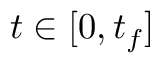
t \in [ 0 , t _ { f } ]